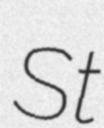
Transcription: St